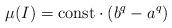
LaTeX: \begin{align*}\mu (I) = \mathrm{const} \cdot \left( b^q - a^q \right)\end{align*}